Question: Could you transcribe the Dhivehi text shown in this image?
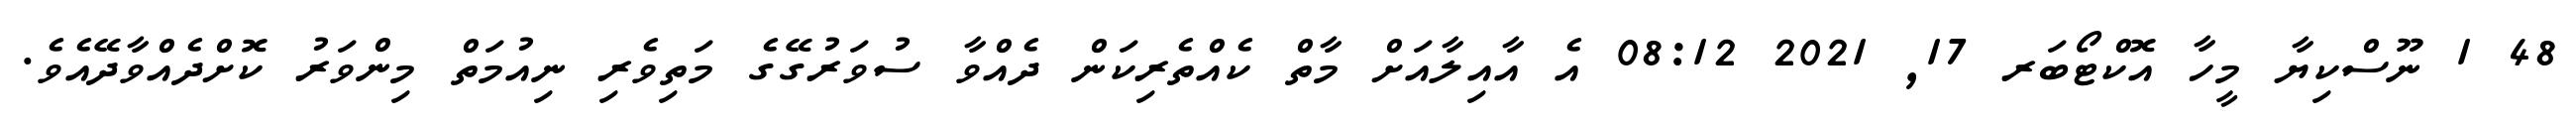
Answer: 48 1 ނޫސްކިޔާ މީހާ އޮކްޓޯބަރ 17, 2021 08:12 އެ އާއިލާއަށް މާތް ކެއްތެރިކަން ދެއްވާ ސުވަރުގޭގެ މަތިވެރި ނިއުމަތް މިންވަރު ކޮށްދެއްވާދޭއެވެ.